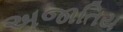
અજાતિય